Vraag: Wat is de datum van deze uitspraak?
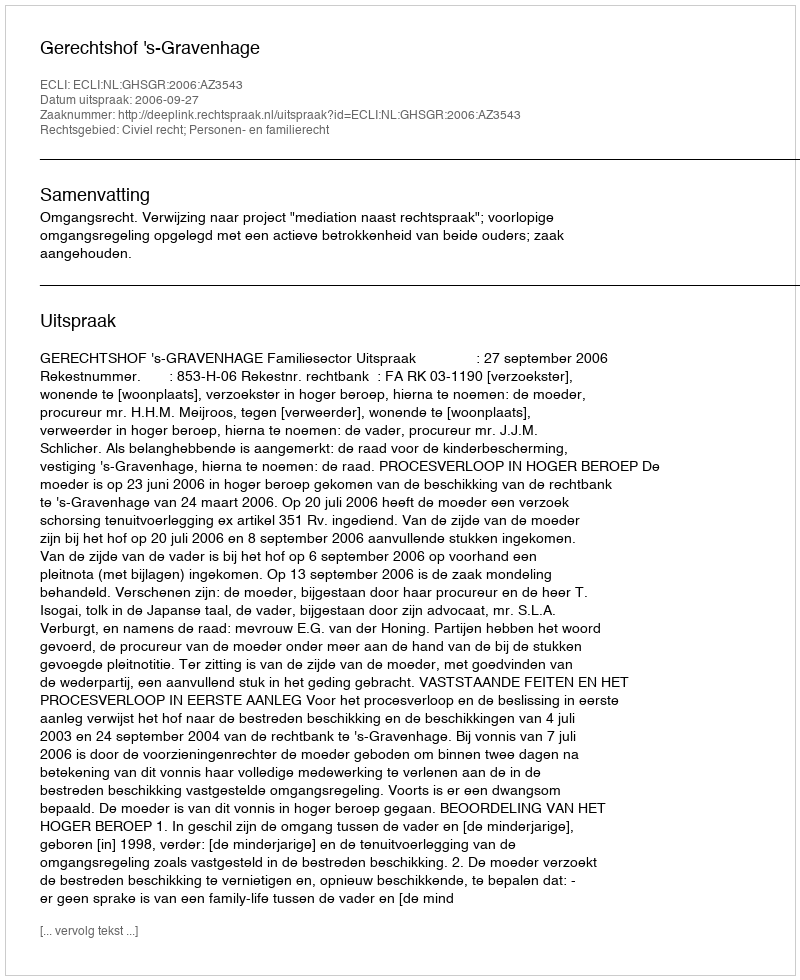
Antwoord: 2006-09-27